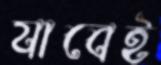
যাবেই